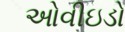
ઓવીઇડો